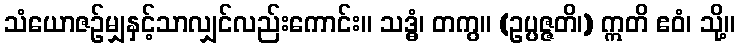
သံယောဇဉ်မျှနှင့်သာလျှင်လည်းကောင်း။ သဒ္ဓံ၊ တကွ။ (ဥပ္ပဇ္ဇတိ၊) ဣတိ ဧဝံ၊ သို့။